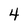
Character: 4